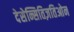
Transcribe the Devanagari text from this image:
देसेन्सितिज़तिओन